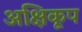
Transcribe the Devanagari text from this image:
अक्षिकूप